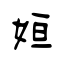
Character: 姮